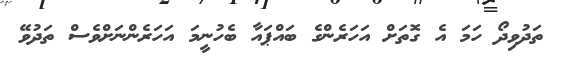
ތަދުވިދޯ ހަމަ އެ ގޮތަށް އަހަރެންގެ ބައްޕައާ ބެހުނީމަ އަހަރެންނަށްވެސް ތަދުވޭ